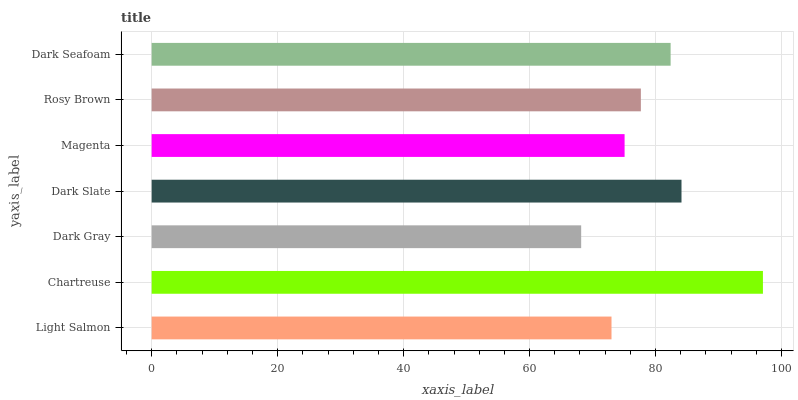
| yaxis_label | bars |
 | --- | --- |
 | Light Salmon | 73 |
 | Chartreuse | 97 |
 | Dark Gray | 68.2 |
 | Dark Slate | 84.1 |
 | Magenta | 75.1 |
 | Rosy Brown | 77.7 |
 | Dark Seafoam | 82.4 |